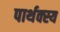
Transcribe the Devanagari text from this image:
पार्थक्स्य